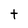
Character: t